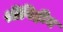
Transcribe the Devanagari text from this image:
श्रीविहीन